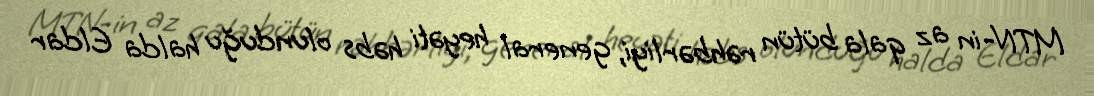
MTN-in az qala bütün rəhbərliyi, general heyəti həbs olunduğu halda Eldar